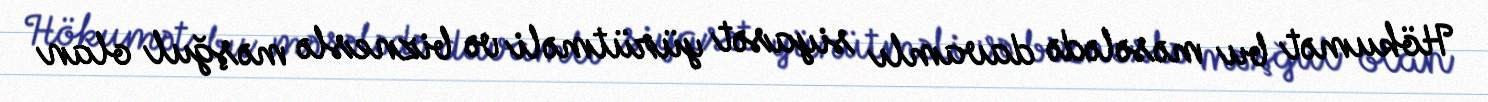
Hökumət bu məsələdə davamlı siyasət yürütməli və bizneslə məşğul olan